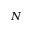
N